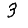
Digit: 3